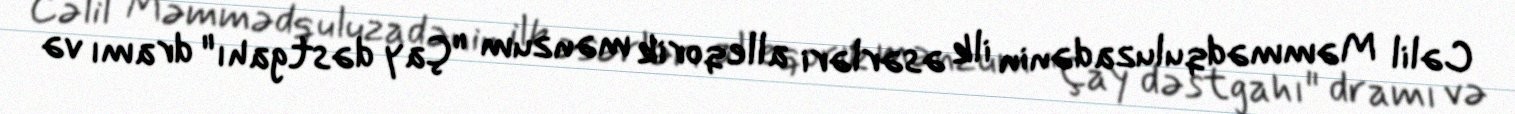
Cəlil Məmmədquluzadənin ilk əsərləri alleqorik mənzum "Çay dəstgahı" dramı və